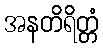
အနတိရိတ္တံ